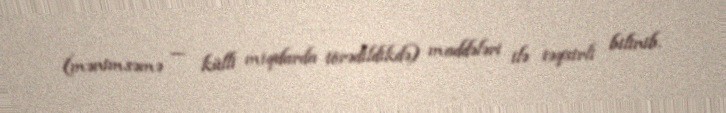
(mənimsəmə — külli miqdarda törədildikdə) maddələri ilə təqsirli bilinib.